Report on vaccination in Madras 1922-1929 - 1922-1929
Year: 1922
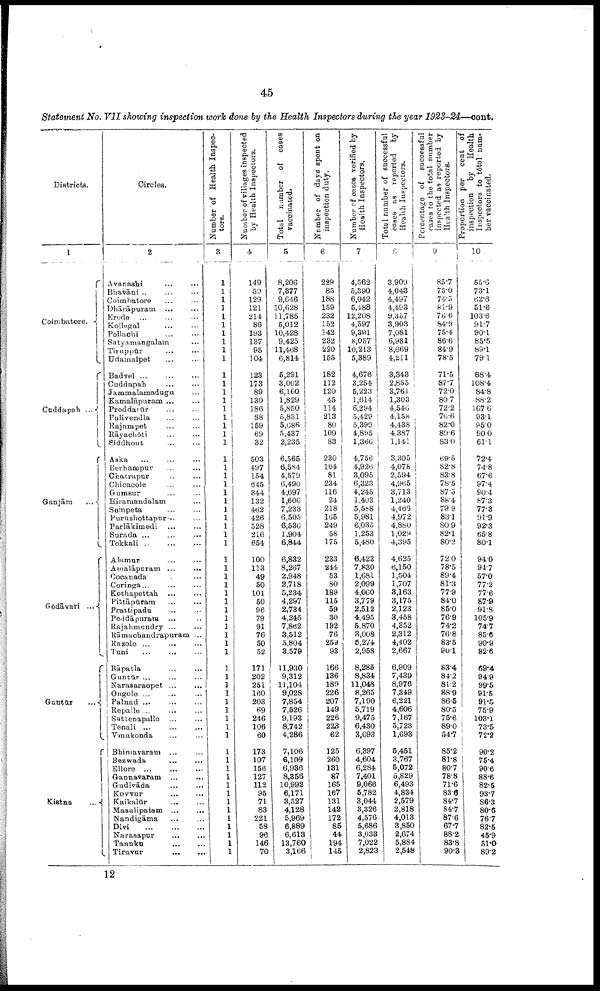
45
Statement No. VII showing inspection work done by the Health Inspectors during the year 1923-24—cont.
Districts.
1
Coimbatore.
Cuddapah ...
Ganjām
....
Godāvari ...
Gūntūr...
Kistna.
Circles.
2
Avanashi... ...
Bhavāni... ...
Coimbatore... ...
Dhārāpuram... ... ...
Erode... ...
Kollegal... ...
Pollachi... ... ...
Satyamangalam...
Tiruppūr... ...
Udamalpet... ...
Badvel ...
Cuddapah...
Jammalamadugu...
Kamalāpuram ...
Proddatūr...
...
Pulivendla... ...
Rajampet...
Rāyachōti...
Siddhout...
Aska... ...
Berhampur... ...
Ohatrapur... ...
Chicacole...
Gumsur...
Hiramandalam...
Sompeta...
Purnshottapur..
Parlākimedi
Surada ...
Tekkali...
Alamur...
Amalāpuram ...
...
Corinada...
Coringa...
Kothapettah...
Pittāpūram...
...
Prattipadu... ...
Peddāpuram... ...
Rajahmundry... ...
Rāmachandrapuram ...
Razole... ...
Tuni... ...
Bāpatla...
Gūntūr ...
Narasaraopet ...
...
Ongole ...
Palnad ...
Repalle ...
Sattenapalle... ...
Tenali... ...
Vinukonda... ...
Bhimavaram... ...
Bezwada...
Ellore...
Gannavaram... ...
Gudivāda...
Kovvur...
Kaikalūr...
Masulipatam... ...
Nandigāma...
Divi...
Narasapur...
Tanuku...
Tiruvur...
Number of Health Inspec
tors.
3
1
1
1
1
1
1
1
1
1
1
1
1
1
1
1
1
1
1
1
1
1
1
1
1
1
1
1
1
1
1
1
1
1
1
1
1
1
1
1
1
1
1
1
1
1
1
1
1
1
1
1
1
1
1
1
1
1
1
1
1
1
1
1
1
Number of villages inspected
by Health Inspectors.
4
149
59
129
121
214
86
193
137
95
104
123
173
89
130
186
88
159
69
32
503
497
154
645
344
132
462
426
528
216
654
100
113
49
50
101
50
96
79
91
76
50
52
171
202
251
160
203
69
246
106
60
173
107
156
127
112
95
71
83
221
58
96
146
70
Total number of cases
vaccinated.
5
8,206
7,377
9,646
10,628
11,785
5,012
10,428
9,425
11,468
6,814
5,291
3,002
6,160
1,829
5,850
5,831
5,086
5,437
2,235
6,565
6,584
4,579
6,490
4,697
1,606
7,233
6,505
6,536
1,904
6,844
6,832
8,267
2,948
2,718
5,234
4,267
2,734
4,245
7,862
3,512
5,804
3,579
11,930
9,312
11,104
9,028
7,854
7,526
9,193
8,742
4,286
7,106
6,109
6,936
8,356
10,992
6,171
3,527
4,128
5,969
6,889
6,613
13,760
3,166
Number of days spent on
inspection duty.
6
229
85
188
159
232
152
142
232
220
155
182
112
120
45
114
213
80
109
83
230
104
81
234
116
24
218
165
249
58
175
233
244
53
80
189
115
59
30
192
76
259
93
166
136
189
226
207
149
226
223
62
125
260
131
87
165
167
131
142
172
85
44
194
145
Number of cases verified by
Health Inspectors.
7
4,562
5,390
6,042
5,488
12,208
4,597
9,391
8,057
10,213
5,389
4,676
3,254
5,223
1,614
6,294
5,429
5,399
4,895
1,366
4,756
4,926
3,095
6,323
4,245
1,403
5,588
5,981
6,035
1,253
5,480
6,423
7,830
1,681
2,099
4,060
3,779
2,512
4,495
5,870
3,008
5,274
2,958
8,285
8,834
11,048
8,265
7,190
5,719
9,475
6,430
3,093
6,397
4,604
6,284
7,401
9,066
5,782
3,044
3,326
4,576
5,686
3,033
7,022
2,823
Total number of successful
cases as reported by
Health Inspectors.
8
3,909
4,043
4,497
4,493
9,357
3,903
7,081
6,981
8,669
4,211
3,343
2,855
3,761
1,303
4,546
4,158
4,438
4,387
1,141
3,305
4,078
2,594
4,965
3,713
1,240
4,465
4,972
4,880
1,029
4,395
4,625
6,150
1,504
1,707
3,163
3,175
2.123
3,458
4,352
2,312
4,402
2,667
6,909
7,439
8,976
7,349
6,221
4,606
7,167
5,723
1,693
5,461
3,767
5,072
5,829
6,493
4,834
2,579
2,818
4,013
3,850
2,674
5,884
2,548
Percentage of
successful
cases to the total number
inspected
as
reported
by
Health
Inspectors.
9
85.7
75.0
74.5
81.9
76.6
84.9
75.4
86.6
84.9
78.5
71.5
87.7
72.0
80.7
72.2
76.6
82.0
89.6
83.0
69.5
82.8
83.8
78.5
87.5
88.4
79.9
83.1
80.9
82.1
80.2
72.0
78.5
89.4
81.3
77.9
84.0
85.0
76.9
74.2
76.8
83.5
90.1
83.4
84.2
81.2
88.9
86.6
80.5
75.6
89.0
54.7
85.2
81.8
80.7
78.8
71.6
83.6
84.7
84.7
87.6
67.7
88.2
83.8
90.3
Proportion per cent of
inspection
by
Health
Inspectors to total num
ber vaccinated.
10
55.6
73.1
62.6
51.6
103.6
91.7
90.1
85.5
89.1
79.1
88.4
108.4
84.8
88.2
107.6
93.1
95.0
90.0
61.1
72.4
74.8
67.6
97.4
90.4
87.3
77.3
91.9
92.3
65.8
80.1
94.0
94.7
57.0
77.2
77.6
87.9
91.8
105.9
74.7
85.6
90.9
82.6
69.4
94.9
99.5
91.5
91.5
75.9
103.1
73.5
72.2
90.2
75.4
90.6
88.6
82.5
93.7
86.3
80.6
76.7
82.5
45.9
51.0
89.2
12